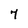
Character: 7